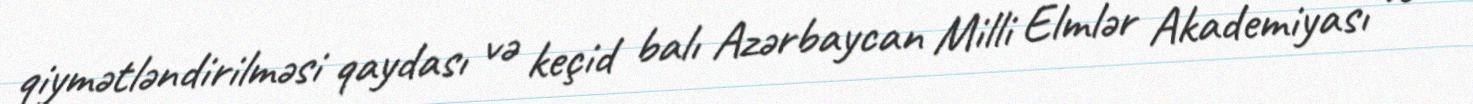
qiymətləndirilməsi qaydası və keçid balı Azərbaycan Milli Elmlər Akademiyası və